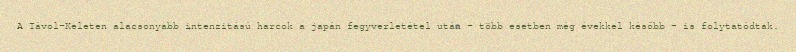
A Távol-Keleten alacsonyabb intenzitású harcok a japán fegyverletétel után – több esetben még évekkel később – is folytatódtak.